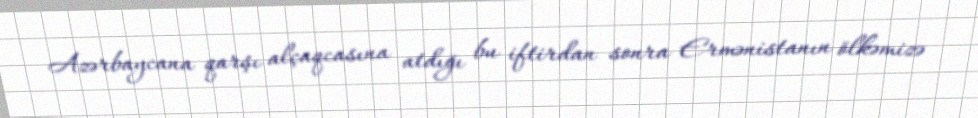
Azərbaycana qarşı alçaqcasına atdığı bu iftirdan sonra Ermənistanın ölkəmizə